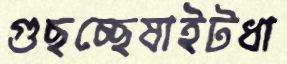
গুছচ্ছেষাইটধা